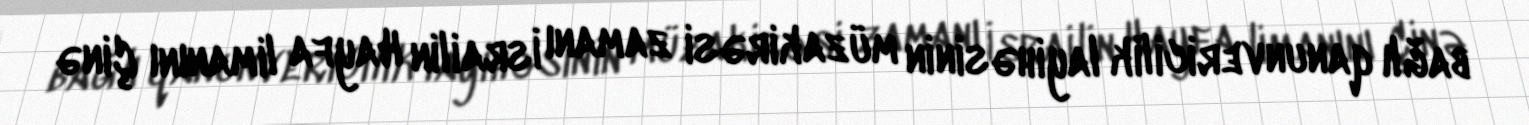
bağlı qanunvericilik layihəsinin müzakirəsi zamanı İsrailin Hayfa limanını Çinə